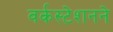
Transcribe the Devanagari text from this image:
वर्कस्टेशनने